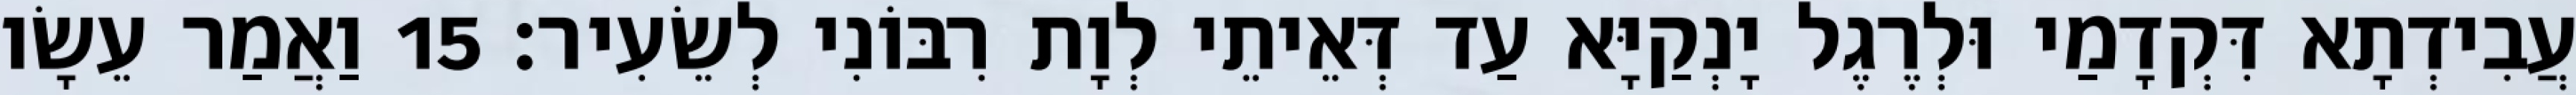
עֲבִידְתָא דִּקְדָמַי וּלְרֶגֶל יָנְקַיָּא עַד דְּאֵיתֵי לְוָת רִבּוֹנִי לְשֵׂעִיר׃ 15 וַאֲמַר עֵשָׂו